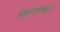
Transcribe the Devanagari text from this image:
नियन्त्रणकर्त्ता